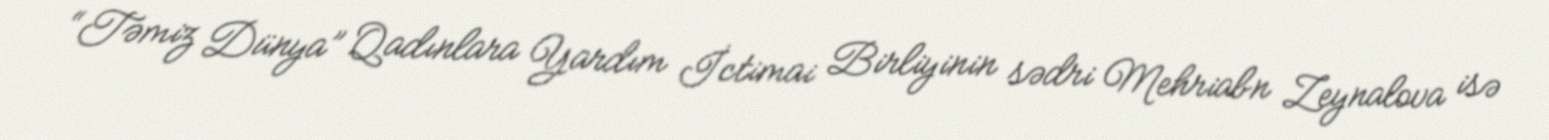
“Təmiz Dünya” Qadınlara Yardım İctimai Birliyinin sədri Mehriabn Zeynalova isə